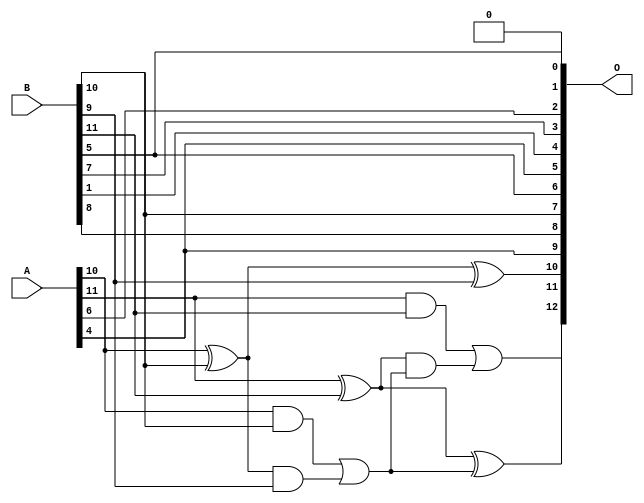
/***
* This code is a part of EvoApproxLib library (ehw.fit.vutbr.cz/approxlib) distributed under The MIT License.
* When used, please cite the following article(s): V. Mrazek, L. Sekanina, Z. Vasicek "Libraries of Approximate Circuits: Automated Design and Application in CNN Accelerators" IEEE Journal on Emerging and Selected Topics in Circuits and Systems, Vol 10, No 4, 2020 
* This file contains a circuit from a sub-set of pareto optimal circuits with respect to the pwr and mre parameters
***/
// MAE% = 4.81 %
// MAE = 394 
// WCE% = 14.84 %
// WCE = 1216 
// WCRE% = 3300.00 %
// EP% = 99.93 %
// MRE% = 13.00 %
// MSE = 231551 
// PDK45_PWR = 0.0075 mW
// PDK45_AREA = 17.8 um2
// PDK45_DELAY = 0.19 ns


module add12u_4M3(A, B, O);
  input [11:0] A, B;
  output [12:0] O;
  wire sig_70, sig_71, sig_72, sig_73, sig_75, sig_76;
  wire sig_77, sig_78;
  assign O[5] = A[4];
  assign O[1] = 1'b0;
  assign sig_70 = B[9];
  assign sig_71 = A[10] ^ B[10];
  assign sig_72 = A[10] & B[10];
  assign sig_73 = sig_71 & sig_70;
  assign O[10] = sig_71 ^ B[9];
  assign sig_75 = sig_72 | sig_73;
  assign sig_76 = A[11] ^ B[11];
  assign sig_77 = A[11] & B[11];
  assign sig_78 = sig_76 & sig_75;
  assign O[11] = sig_76 ^ sig_75;
  assign O[12] = sig_77 | sig_78;
  assign O[0] = B[5];
  assign O[2] = A[6];
  assign O[3] = B[7];
  assign O[4] = B[1];
  assign O[6] = B[5];
  assign O[7] = B[10];
  assign O[8] = B[8];
  assign O[9] = A[4];
endmodule